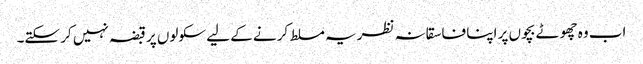
اب وہ چھوٹے بچوں پر اپنا فاسقانہ نظریہ مسلط کرنے کے لیے سکولوں پر قبضہ نہیں کر سکتے۔